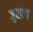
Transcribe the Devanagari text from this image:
जुराना